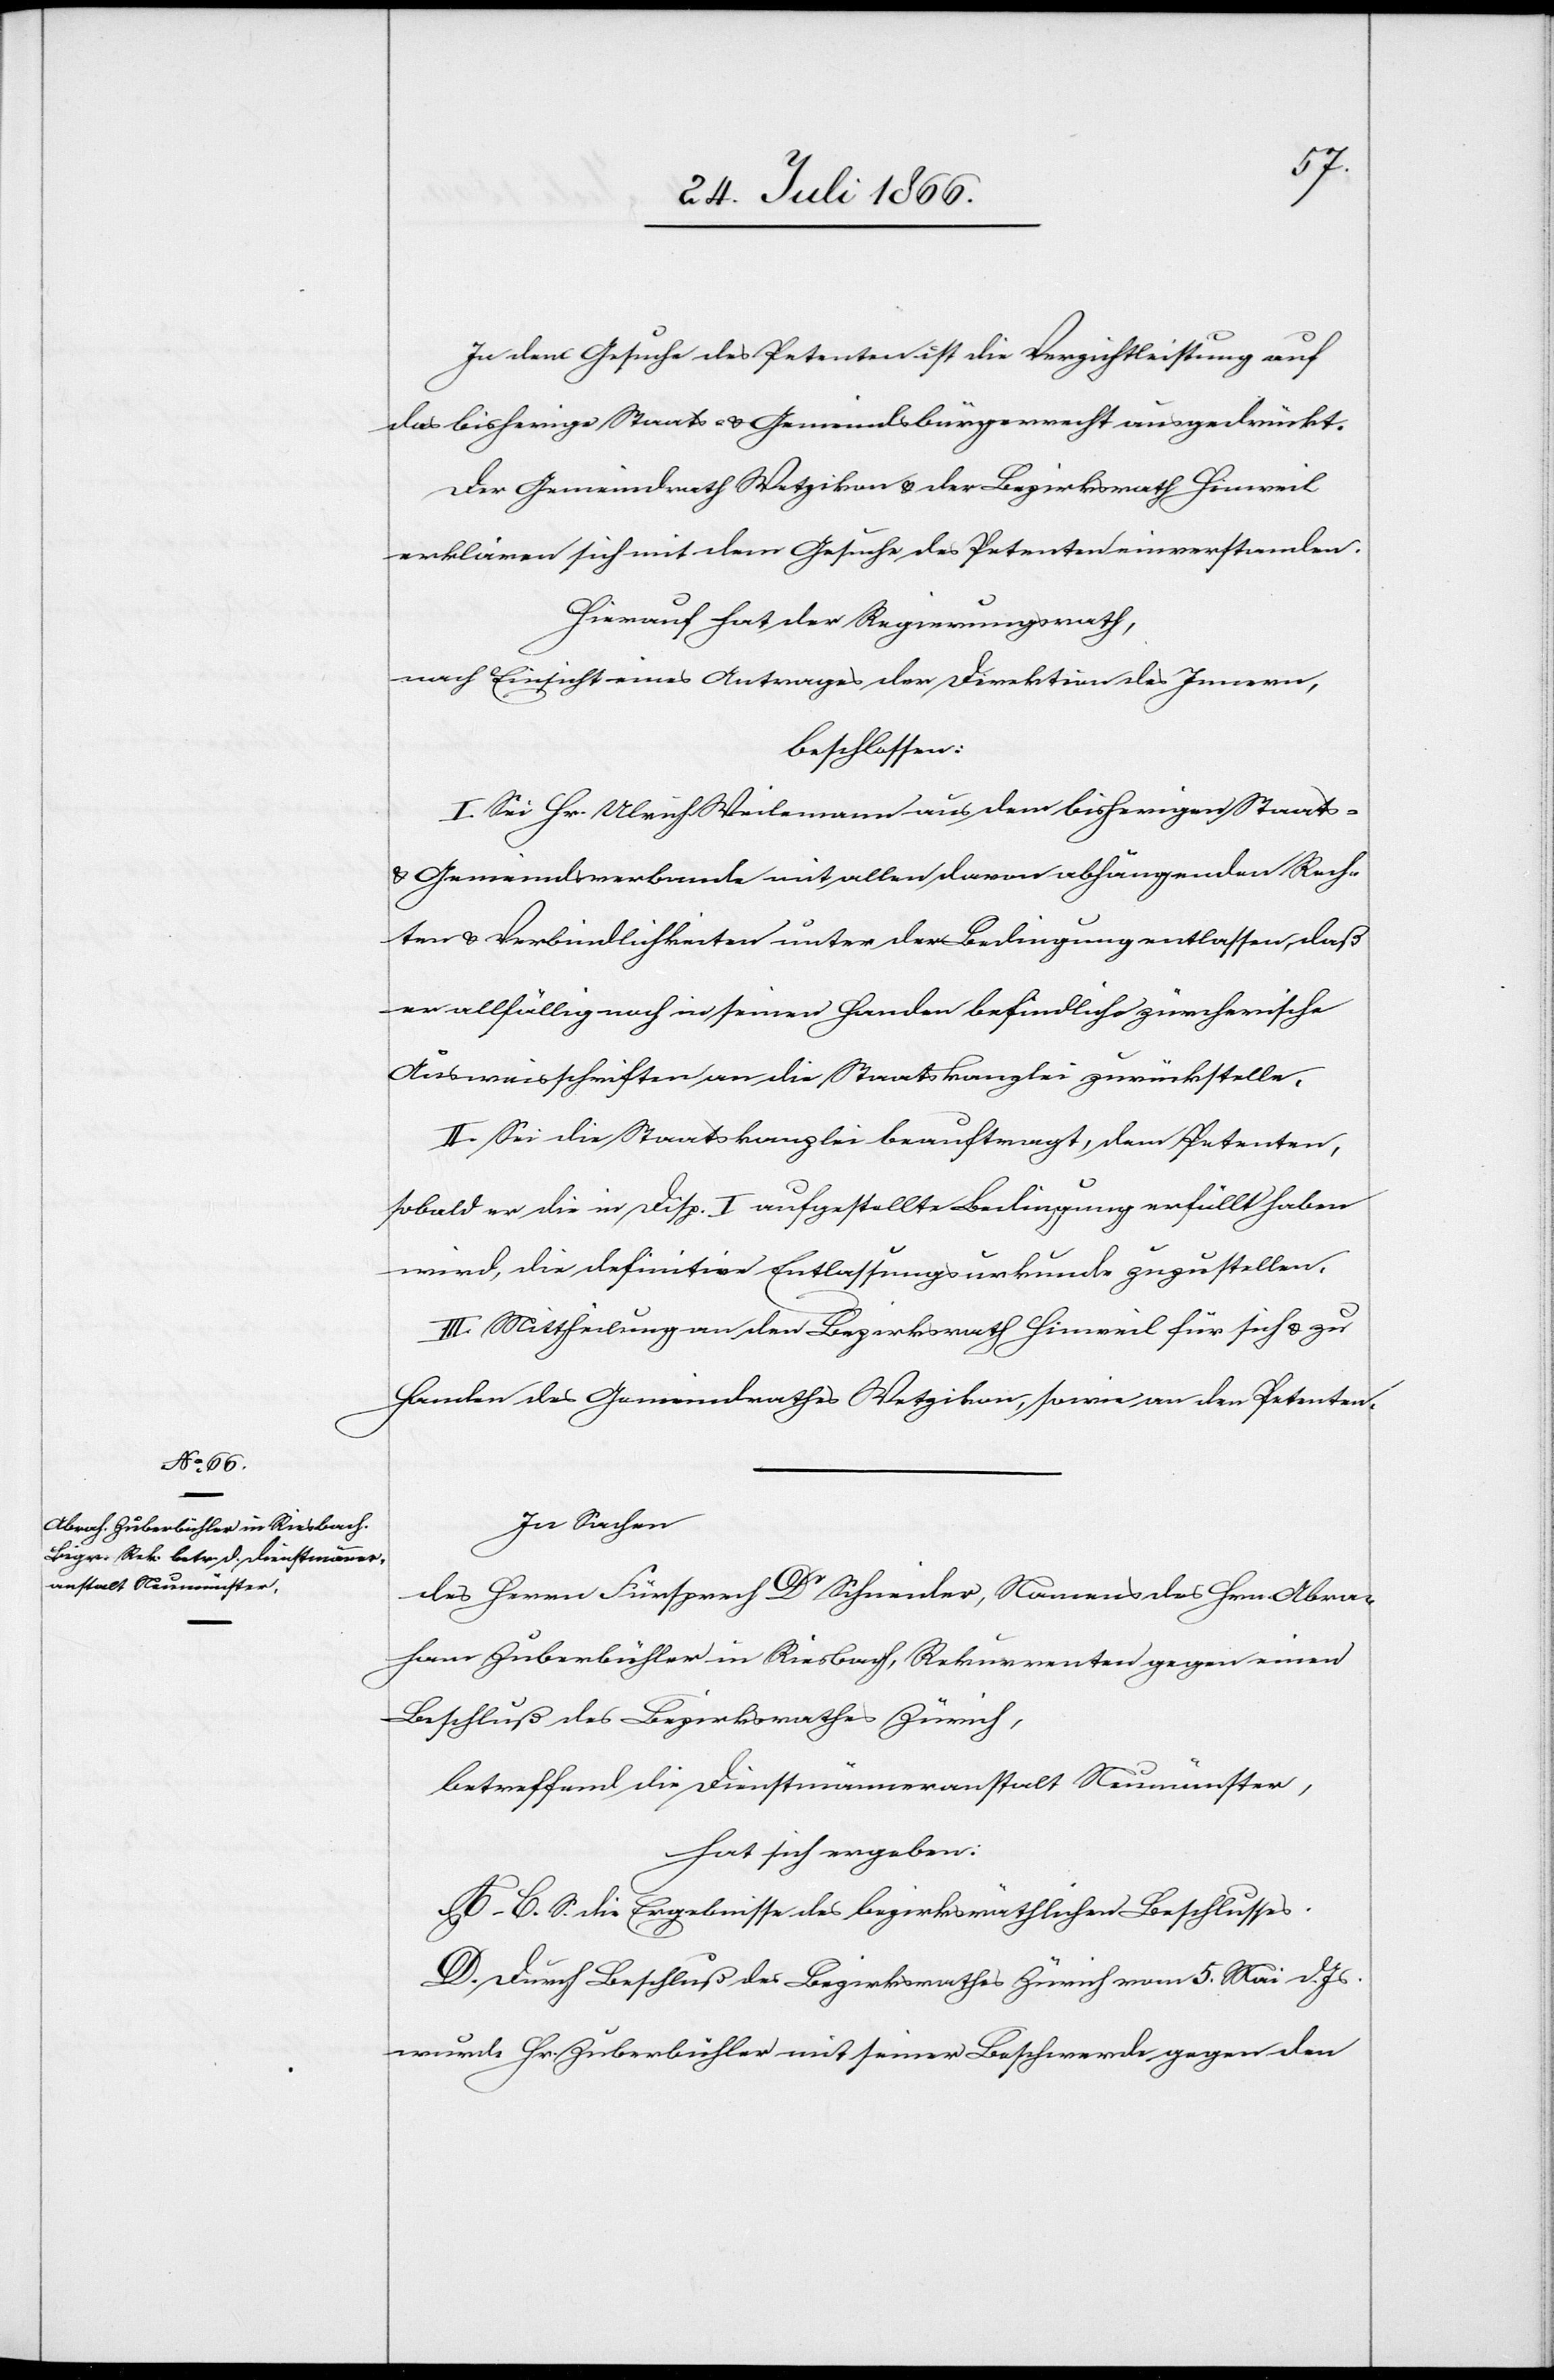
In dem Gesuche des Petenten ist die Verzichtleistung auf
das bisherige Staats- u. Gemeindsbürgerrecht ausgedrückt.
Der Gemeindrath Wetzikon u. der Bezirksrath Hinweil
erklären sich mit dem Gesuche des Petenten einverstanden.
Hierauf hat der Regierungsrath,
nach Einsicht eines Antrages der Direktion des Innern,
beschlossen:
I. Sei Hr. Ulrich Weilemann aus dem bisherigen Staats-
u. Gemeindsverbande mit allen davon abhängenden Rech¬
ten u. Verbindlichkeiten unter der Bedingung entlassen, daß
er allfällig noch in seinen Handen befindliche zürcherische
Ausweisschriften an die Staatskanzlei zurückstelle.
II. Sei die Staatskanzlei beauftragt, dem Petenten,
sobald er die in Disp. I aufgestellte Bedingung erfüllt haben
wird, die definitive Entlassungsurkunde zuzustellen.
III. Mittheilung an den Bezirksrath Hinweil für sich u. zu
Handen des Gemeindrathes Wetzikon, sowie an den Petenten.